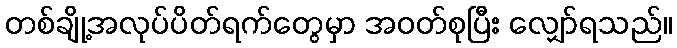
တစ်ချို့အလုပ်ပိတ်ရက်တွေမှာ အဝတ်စုပြီး လျှော်ရသည်။